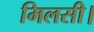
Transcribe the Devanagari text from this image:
मिलसी।